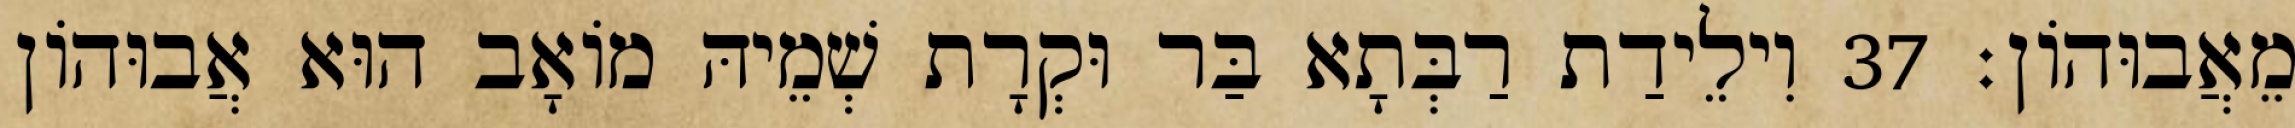
מֵאֲבוּהוֹן׃ 37 וִילֵידַת רַבְּתָא בַּר וּקְרָת שְׁמֵיהּ מוֹאָב הוּא אֲבוּהוֹן